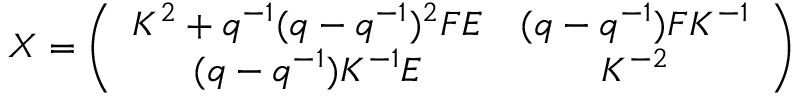
X = \left( \begin{array} { c c } { { K ^ { 2 } + q ^ { - 1 } ( q - q ^ { - 1 } ) ^ { 2 } F E } } & { { ( q - q ^ { - 1 } ) F K ^ { - 1 } } } \\ { { ( q - q ^ { - 1 } ) K ^ { - 1 } E } } & { { K ^ { - 2 } } } \end{array} \right)